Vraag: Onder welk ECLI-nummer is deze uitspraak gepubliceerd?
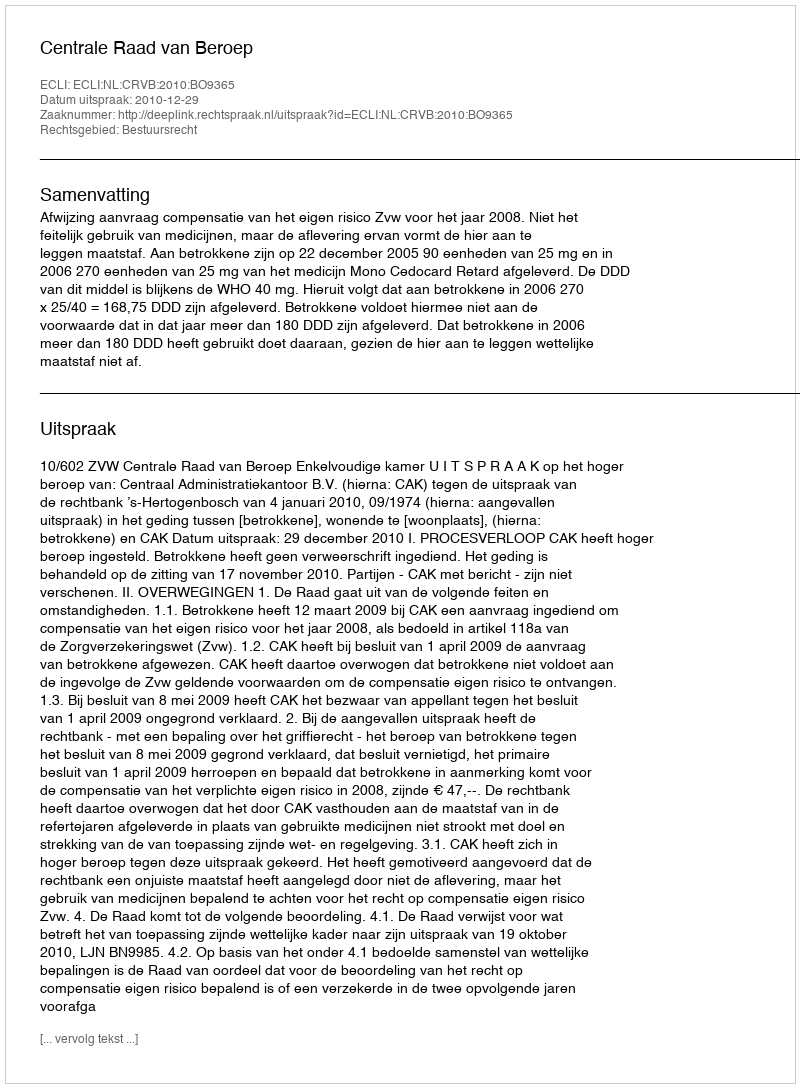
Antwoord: ECLI:NL:CRVB:2010:BO9365